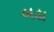
બડા